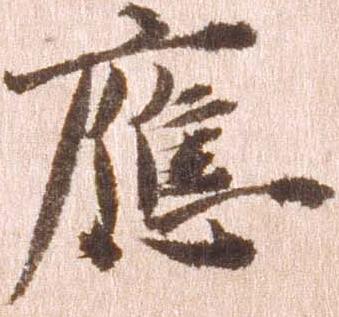
応